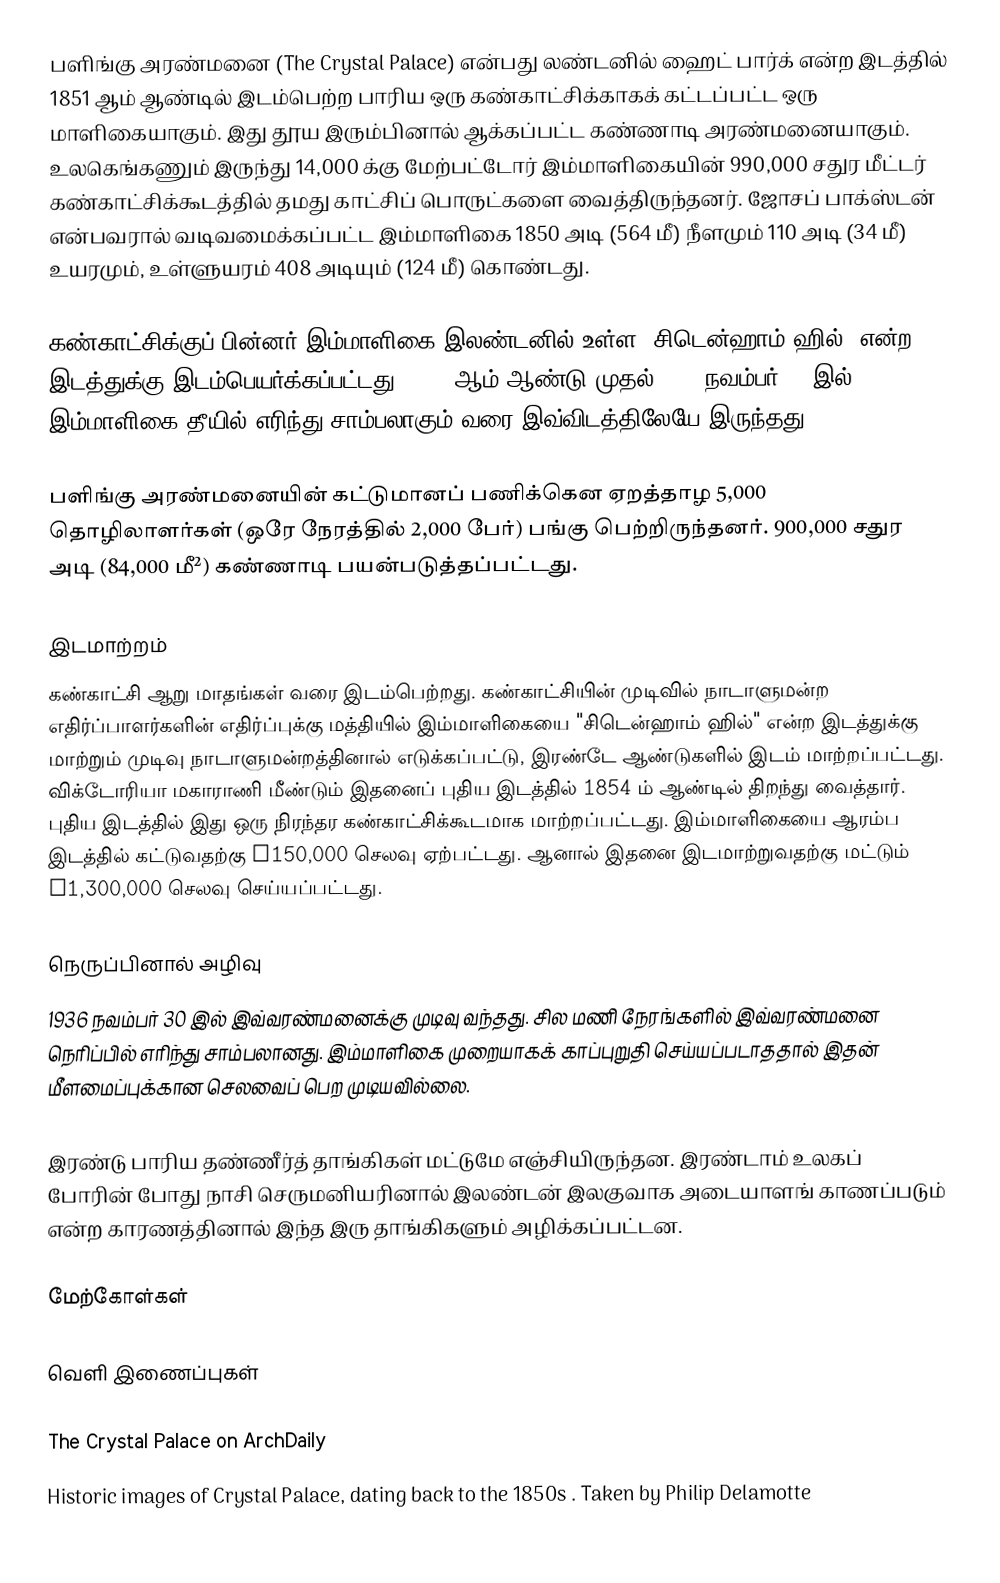
பளிங்கு அரண்மனை (The Crystal Palace) என்பது லண்டனில் ஹைட் பார்க் என்ற இடத்தில் 1851 ஆம் ஆண்டில் இடம்பெற்ற பாரிய ஒரு கண்காட்சிக்காகக் கட்டப்பட்ட ஒரு மாளிகையாகும். இது தூய இரும்பினால் ஆக்கப்பட்ட கண்ணாடி அரண்மனையாகும். உலகெங்கணும் இருந்து 14,000 க்கு மேற்பட்டோர் இம்மாளிகையின் 990,000 சதுர மீட்டர் கண்காட்சிக்கூடத்தில் தமது காட்சிப் பொருட்களை வைத்திருந்தனர். ஜோசப் பாக்ஸ்டன் என்பவரால் வடிவமைக்கப்பட்ட இம்மாளிகை 1850 அடி (564 மீ) நீளமும் 110 அடி (34 மீ) உயரமும், உள்ளுயரம் 408 அடியும் (124 மீ) கொண்டது.

கண்காட்சிக்குப் பின்னர் இம்மாளிகை இலண்டனில் உள்ள "சிடென்ஹாம் ஹில்" என்ற இடத்துக்கு இடம்பெயர்க்கப்பட்டது. 1854 ஆம் ஆண்டு முதல் 1936 நவம்பர் 30 இல் இம்மாளிகை தீயில் எரிந்து சாம்பலாகும் வரை இவ்விடத்திலேயே இருந்தது.

பளிங்கு அரண்மனையின் கட்டுமானப் பணிக்கென ஏறத்தாழ 5,000 தொழிலாளர்கள் (ஒரே நேரத்தில் 2,000 பேர்) பங்கு பெற்றிருந்தனர். 900,000 சதுர அடி (84,000 மீ²) கண்ணாடி பயன்படுத்தப்பட்டது.

இடமாற்றம்
கண்காட்சி ஆறு மாதங்கள் வரை இடம்பெற்றது. கண்காட்சியின் முடிவில் நாடாளுமன்ற எதிர்ப்பாளர்களின் எதிர்ப்புக்கு மத்தியில் இம்மாளிகையை "சிடென்ஹாம் ஹில்" என்ற இடத்துக்கு மாற்றும் முடிவு நாடாளுமன்றத்தினால் எடுக்கப்பட்டு, இரண்டே ஆண்டுகளில் இடம் மாற்றப்பட்டது. விக்டோரியா மகாராணி மீண்டும் இதனைப் புதிய இடத்தில் 1854 ம் ஆண்டில் திறந்து வைத்தார். புதிய இடத்தில் இது ஒரு நிரந்தர கண்காட்சிக்கூடமாக மாற்றப்பட்டது. இம்மாளிகையை ஆரம்ப இடத்தில் கட்டுவதற்கு £150,000 செலவு ஏற்பட்டது. ஆனால் இதனை இடமாற்றுவதற்கு மட்டும் £1,300,000 செலவு செய்யப்பட்டது.

நெருப்பினால் அழிவு
1936 நவம்பர் 30 இல் இவ்வரண்மனைக்கு முடிவு வந்தது. சில மணி நேரங்களில் இவ்வரண்மனை நெரிப்பில் எரிந்து சாம்பலானது. இம்மாளிகை முறையாகக் காப்புறுதி செய்யப்படாததால் இதன் மீளமைப்புக்கான செலவைப் பெற முடியவில்லை.

இரண்டு பாரிய தண்ணீர்த் தாங்கிகள் மட்டுமே எஞ்சியிருந்தன. இரண்டாம் உலகப் போரின் போது நாசி செருமனியரினால் இலண்டன் இலகுவாக அடையாளங் காணப்படும் என்ற காரணத்தினால் இந்த இரு தாங்கிகளும் அழிக்கப்பட்டன.

மேற்கோள்கள்

வெளி இணைப்புகள்

 The Crystal Palace on ArchDaily
 Historic images of Crystal Palace, dating back to the 1850s . Taken by Philip Delamotte